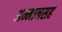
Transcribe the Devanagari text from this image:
अम्मानसह